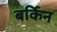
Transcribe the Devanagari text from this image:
बर्किन